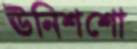
ঊনিশশো